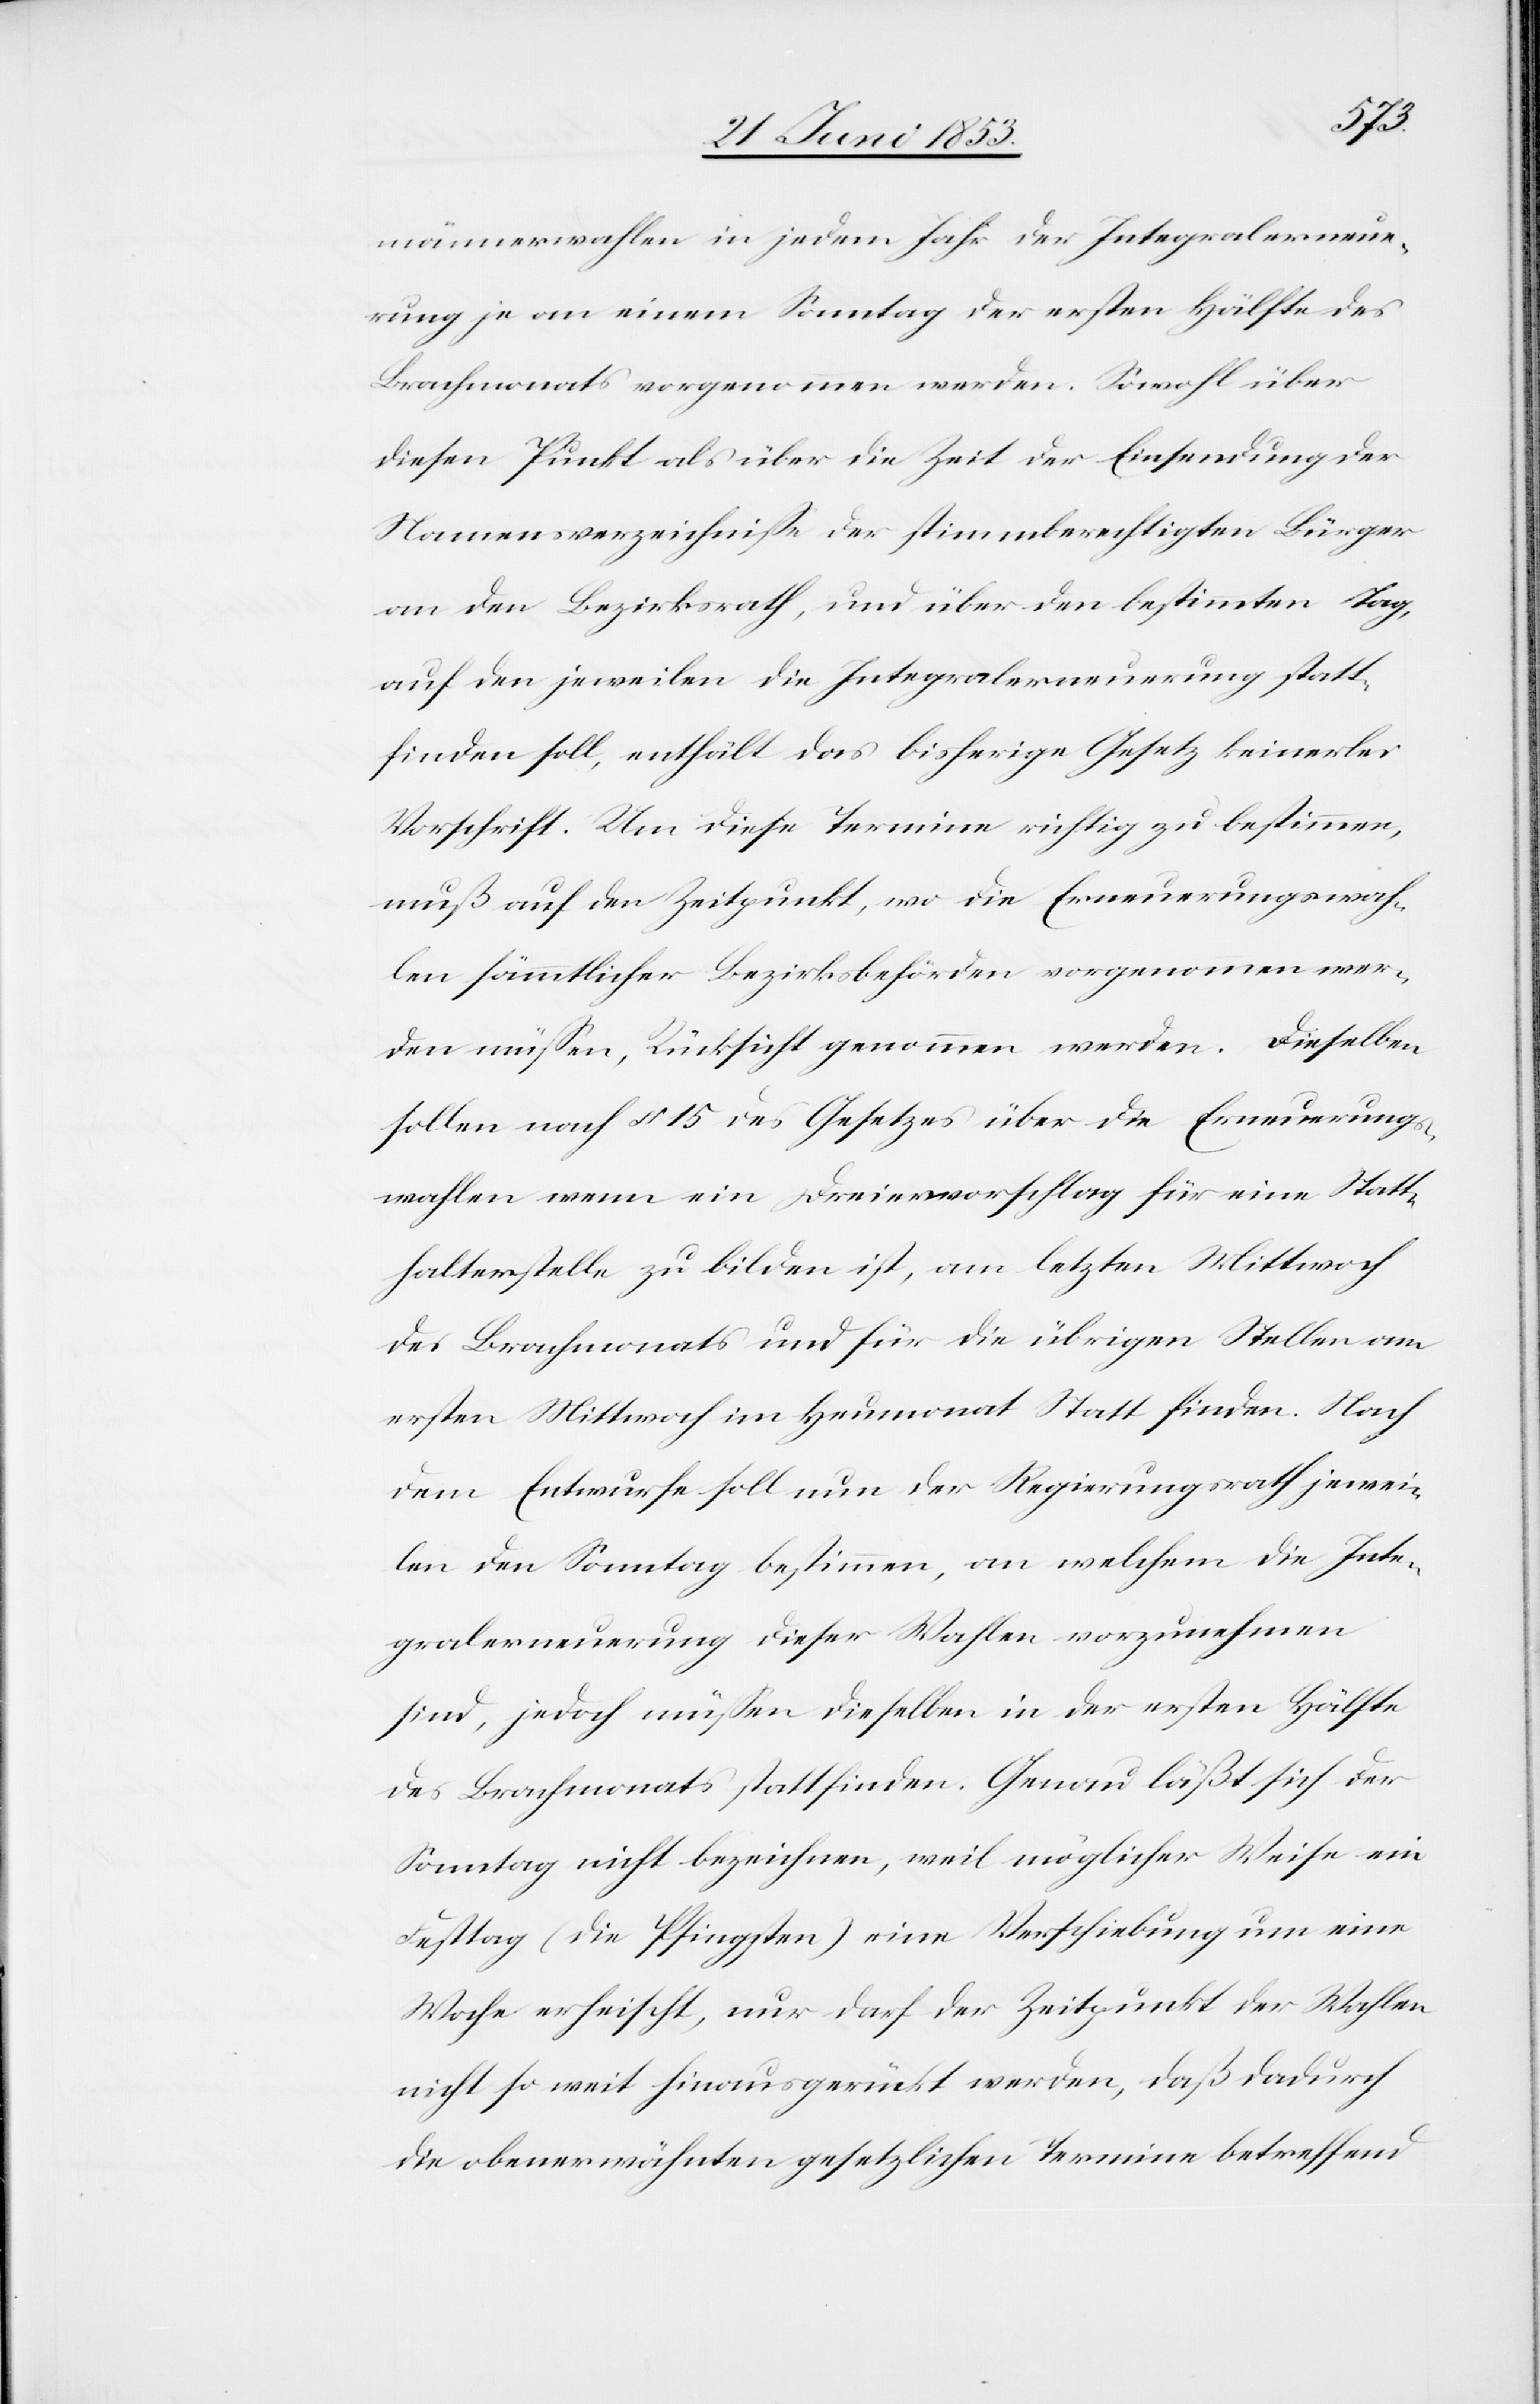
männerwahlen in jedem Jahr der Integralerneue¬
rung je an einem Sonntag der ersten Hälfte des
Brachmonats vorgenommen werden. Sowohl über
diesen Punkt als über die Zeit der Einsendung der
Namensverzeichniße der stimmberechtigten Bürger
an den Bezirksrath, und über den bestimmten Tag,
auf den jeweilen die Integralerneuerung statt¬
finden soll, enthält das bisherige Gesetz keinerlei
Vorschrift. Um diese Termine richtig zu bestimmen,
muß auf den Zeitpunkt, wo die Erneuerungswah¬
len sämmtlicher Bezirksbehörden vorgenommen wer¬
den müßen, Rücksicht genommen werden. Dieselben
sollen nach § 15 des Gesetzes über die Erneuerungs¬
wahlen wenn ein Dreiervorschlag für eine Statt¬
halterstelle zu bilden ist, am letzten Mittwoch
des Brachmonats und für die übrigen Wahlen am
ersten Mittwoch im Heumonat Statt finden. Nach
dem Entwurfe soll nun der Regierungsrath jewei¬
len den Sonntag bestimmen, an welchem die Inte¬
gralerneuerung dieser Wahlen vorzunehmen
sind, jedoch müßen dieselben in der ersten Hälfte
des Brachmonats stattfinden. Genau läßt sich der
Sonntag nicht bezeichnen, weil möglicher Weise ein
Festtag (die Pfingsten) eine Verschiebung um eine
Woche erheischt, nur darf der Zeitpunkt der Wahlen
nicht so weit hinausgerückt werden, daß dadurch
die obenerwähnten gesetzlichen Termine betreffend